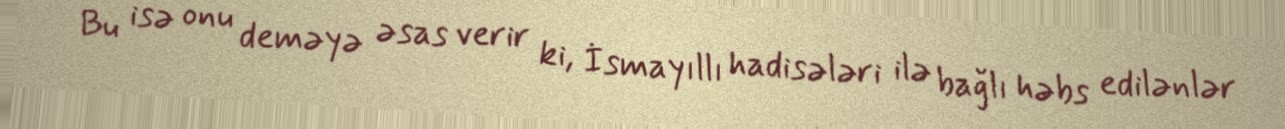
Bu isə onu deməyə əsas verir ki, İsmayıllı hadisələri ilə bağlı həbs edilənlər